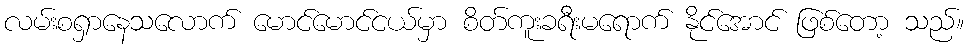
လမ်းစရှာနေသလောက် မောင်မောင်ငယ်မှာ စိတ်ကူးခရီးမရောက် နိုင်အောင် ဖြစ်တော့ သည်။